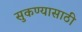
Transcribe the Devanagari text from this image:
सुकण्यासाठी